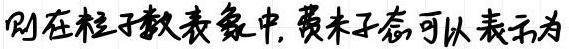
则在粒子数表象中, 费米子态可以表示为